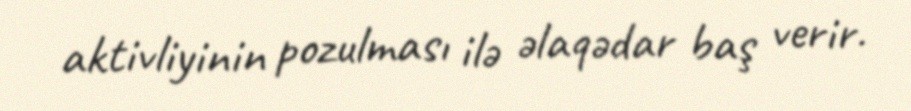
aktivliyinin pozulması ilə əlaqədar baş verir.